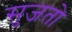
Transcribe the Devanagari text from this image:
सुजतो